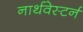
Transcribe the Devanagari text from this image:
नार्थवेस्टर्न